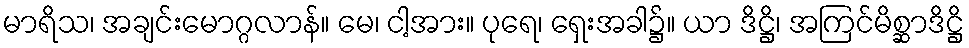
မာရိသ၊ အချင်းမောဂ္ဂလာန်။ မေ၊ ငါ့အား။ ပုရေ၊ ရှေးအခါ၌။ ယာ ဒိဋ္ဌိ၊ အကြင်မိစ္ဆာဒိဋ္ဌိ